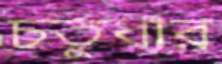
চতুর্ধার